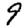
Digit: 9